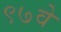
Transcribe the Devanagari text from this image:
९७वे